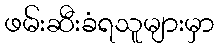
ဖမ်းဆီးခံရသူများမှာ